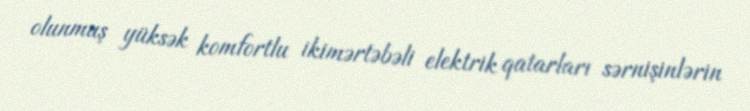
olunmuş yüksək komfortlu ikimərtəbəli elektrik qatarları sərnişinlərin